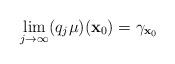
LaTeX: \begin{align*}\lim_{j\to\infty} (q_{j}\mu)(\mathbf{x}_0)=\gamma_{\mathbf{x}_{0}}\end{align*}